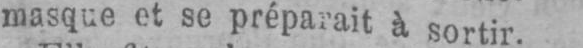
masque et se préparait à sortir.